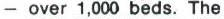
- over 1,000 beds. The